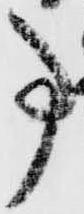
事